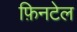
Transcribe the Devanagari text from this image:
फ़िनटेल